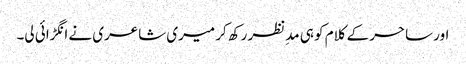
اور ساحر کے کلام کو ہی مدِنظر رکھ کر میری شاعری نے انگڑائی لی۔